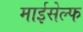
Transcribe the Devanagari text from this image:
माईसेल्फ